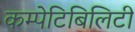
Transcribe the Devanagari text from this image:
कम्पेटिबिलिटी